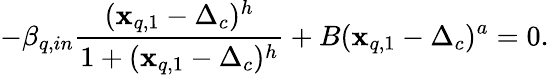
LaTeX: -\beta_{q,in}\frac{(\mathbf{x}_{q,1}-\Delta_{c})^{h}}{1+(\mathbf{x}_{q,1}-\Delta_{c})^{h}}+B(\mathbf{x}_{q,1}-\Delta_{c})^{a}=0.